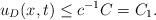
LaTeX: \begin{align*} u_D(x,t)\leq c^{-1}C=C_1. \end{align*}